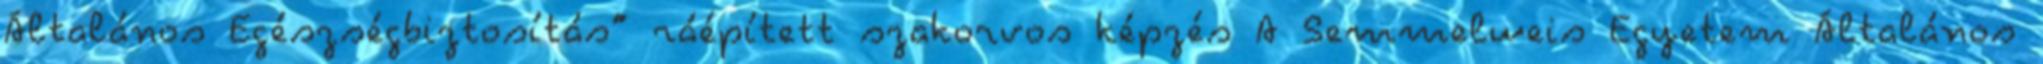
Általános Egészségbiztosítás” ráépített szakorvos képzés A Semmelweis Egyetem Általános